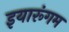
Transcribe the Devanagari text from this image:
इयारूंगम